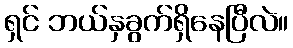
ရှင် ဘယ်နှခွက်ရှိနေပြီလဲ။